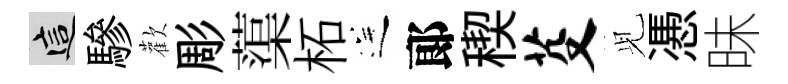
這驂歡彫蕖柘送郞稧芟𫤗慿昧